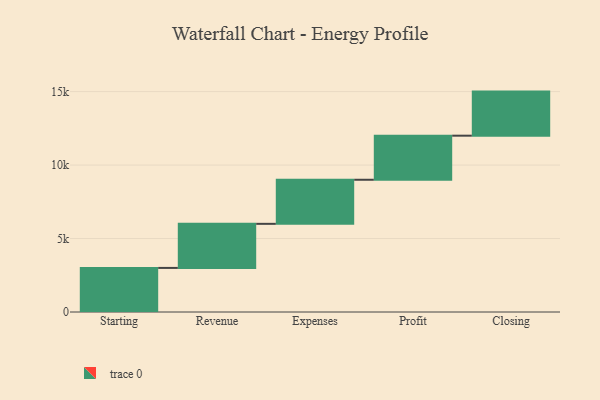
{"axis": {"x": "Step", "y": "Value"}, "legend": [""], "data": [{"x": "Starting", "y": 3000, "type": ""}, {"x": "Revenue", "y": 3000, "type": ""}, {"x": "Expenses", "y": 3000, "type": ""}, {"x": "Profit", "y": 3000, "type": ""}, {"x": "Closing", "y": 3000, "type": ""}]}